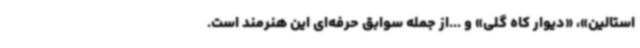
استالین»، «دیوار کاه گلی» و ...از جمله سوابق حرفه‌ای این هنرمند است.